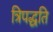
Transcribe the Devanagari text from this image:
त्रिपद्धति